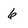
Character: 6